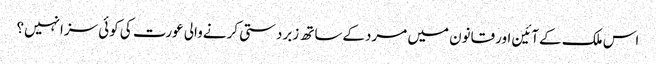
اس ملک کےآئین اورقانون میں مردکےساتھ زبردستی کرنےوالی عورت کی کوئی سزانہیں؟